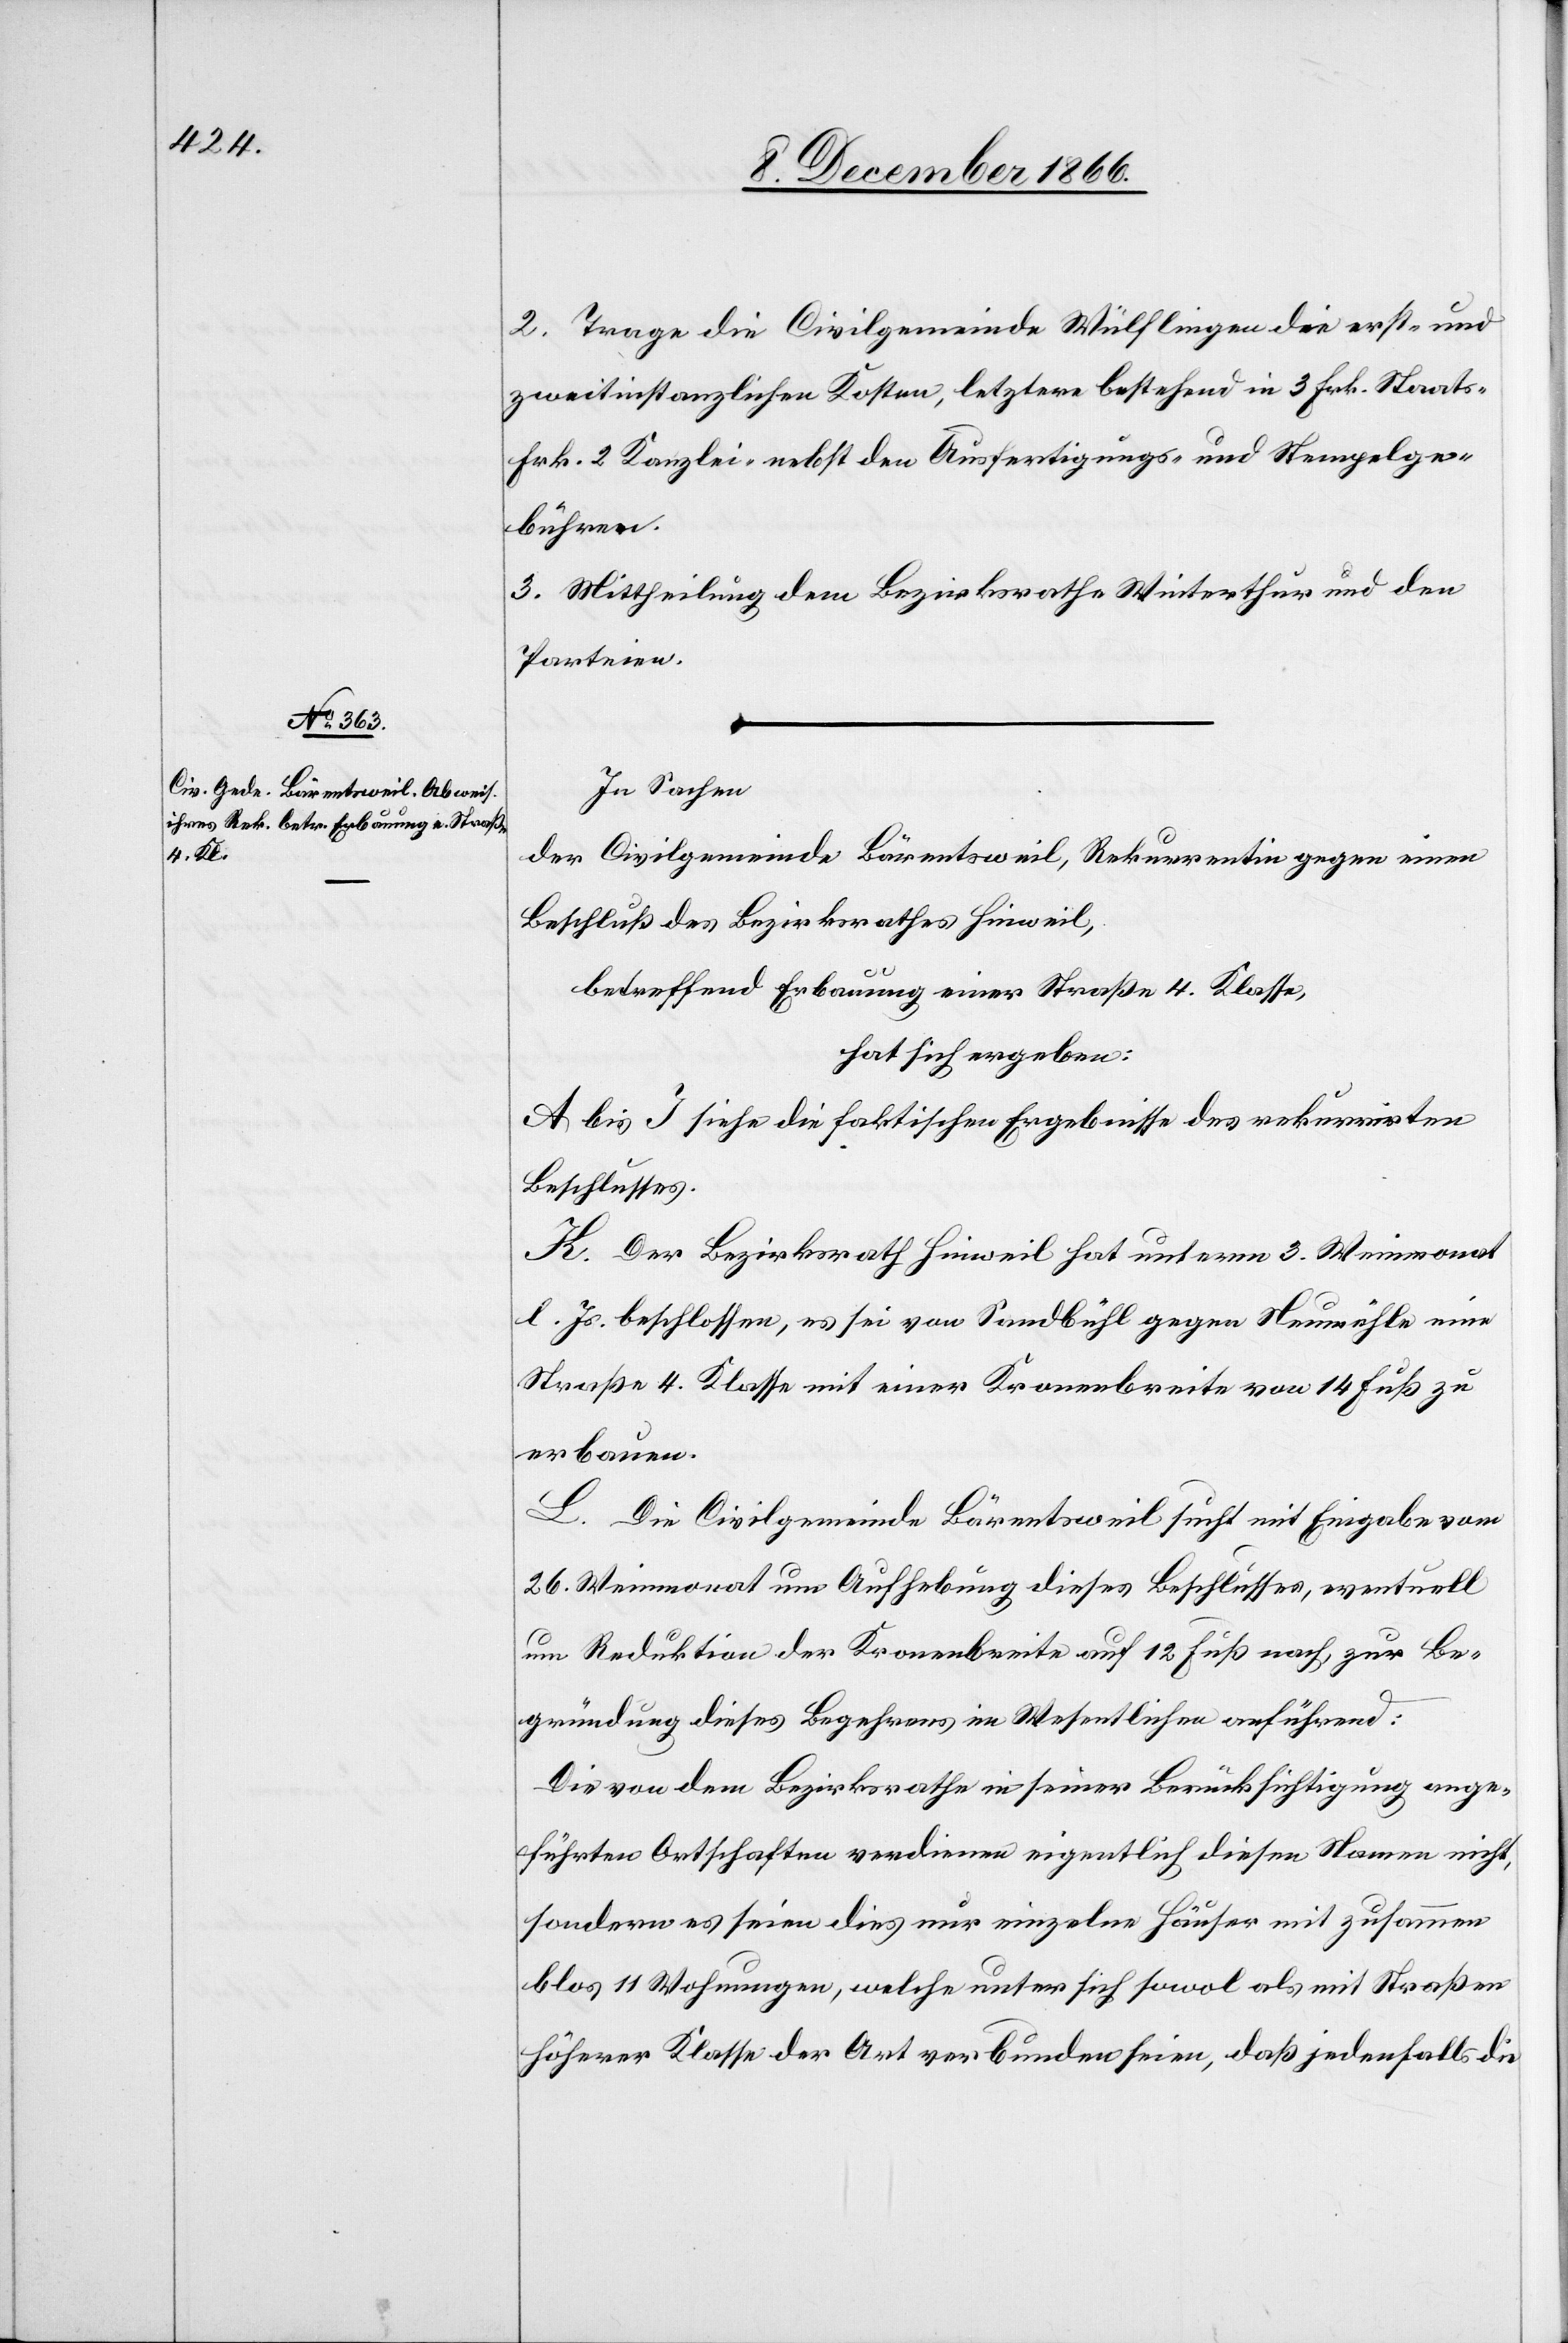
2. Trage die Civilgemeinde Wülflingen die erst- und
zweitinstanzlichen Kosten, letztere bestehend in 3 Frk. Staats-[,]
Frk 2 Kanzlei- nebst den Ausfertigungs- und Stempelge¬
bühren.
3. Mittheilung dem Bezirksrathe Winterthur und den
Parteien.
In Sachen
der Civilgemeinde Bärentsweil, Rekurrentin gegen einen
Beschluß des Bezirksrathes Hinweil,
betreffend Erbauung einer Straße 4. Klasse,
hat sich ergeben:
A bis I siehe die faktischen Ergebnisse des rekurrirten
Beschlusses.
K. Der Bezirksrath Hinweil hat unterm 3. Weinmonat
l. Js. beschlossen, es sei von Sandbühl gegen Neumühle eine
Straße 4. Klasse mit einer Kronenbreite von 14 Fuß zu
erbauen.
L. Die Civilgemeinde Bärentsweil sucht mit Eingabe vom
26. Weinmonat um Aufhebung dieses Beschlusses, eventuell
um Reduktion der Kronenbreite auf 12 Fuß nach, zur Be¬
gründung dieses Begehrens im Wesentlichen anführend:
Die von dem Bezirksrathe in seiner Berücksichtigung ange¬
führten Ortschaften verdienen eigentlich diesen Namen nicht,
sondern es seien dies nur einzelne Häuser mit zusammen
blos 11 Wohnungen, welche unter sich sowol als mit Straßen
höherer Klasse der Art verbunden seien, daß jedenfalls die